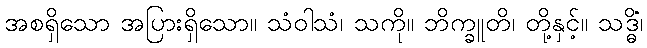
အစရှိသော အပြားရှိသော။ သံဝါသံ၊ သကို။ ဘိက္ခူတိ၊ တို့နှင့်။ သဒ္ဓိံ၊